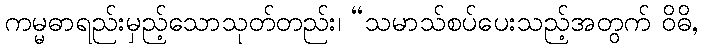
ကမ္မဓာရည်းမှည့်သောသုတ်တည်း၊ “သမာသ်စပ်ပေးသည့်အတွက် ဝိဓိ,